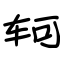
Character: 轲